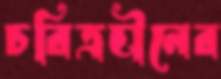
চরিত্রহীনের